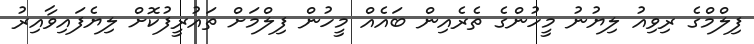
ފިލްމްގެ ރިވިއު ލިޔުނު މީހުންގެ ތެރެއިން ބައެއް މީހުން ފިލްމަށް ތައުރީފުކޮށް ލިޔެފައިވާއިރު